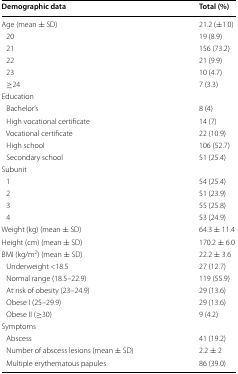
<table><thead><tr><td><b>Demographic data</b></td><td><b>Total (%)</b></td></tr></thead><tbody><tr><td>Age (mean ± SD)</td><td>21.2 (±1.0)</td></tr><tr><td> 20</td><td>19 (8.9)</td></tr><tr><td> 21</td><td>156 (73.2)</td></tr><tr><td> 22</td><td>21 (9.9)</td></tr><tr><td> 23</td><td>10 (4.7)</td></tr><tr><td> ≥24</td><td>7 (3.3)</td></tr><tr><td colspan="2">Education</td></tr><tr><td> Bachelor’s</td><td>8 (4)</td></tr><tr><td> High vocational certificate</td><td>14 (7)</td></tr><tr><td> Vocational certificate</td><td>22 (10.9)</td></tr><tr><td> High school</td><td>106 (52.7)</td></tr><tr><td> Secondary school</td><td>51 (25.4)</td></tr><tr><td colspan="2">Subunit </td></tr><tr><td> 1</td><td>54 (25.4)</td></tr><tr><td> 2</td><td>51 (23.9)</td></tr><tr><td> 3</td><td>55 (25.8)</td></tr><tr><td> 4</td><td>53 (24.9)</td></tr><tr><td>Weight (kg) (mean ± SD)</td><td>64.3 ± 11.4</td></tr><tr><td>Height (cm) (mean ± SD)</td><td>170.2 ± 6.0</td></tr><tr><td>BMI (kg/m<sup>​2</sup>) (mean ± SD)</td><td>22.2 ± 3.6</td></tr><tr><td> Underweight &lt;18.5</td><td>27 (12.7)</td></tr><tr><td> Normal range (18.5–22.9)</td><td>119 (55.9)</td></tr><tr><td> At risk of obesity (23–24.9)</td><td>29 (13.6)</td></tr><tr><td> Obese I (25–29.9)</td><td>29 (13.6)</td></tr><tr><td> Obese II (≥30)</td><td>9 (4.2)</td></tr><tr><td colspan="2">Symptoms</td></tr><tr><td> Abscess</td><td>41 (19.2)</td></tr><tr><td> Number of abscess lesions (mean ± SD)</td><td>2.2 ± 2</td></tr><tr><td> Multiple erythematous papules</td><td>86 (39.0)</td></tr></tbody></table>